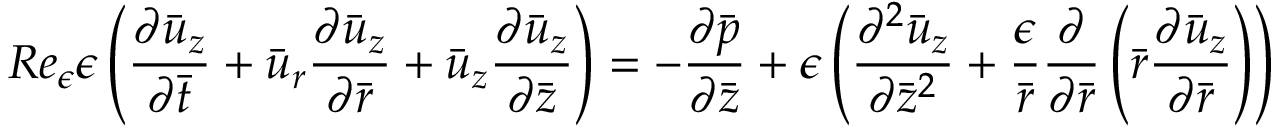
R e _ { \epsilon } { \epsilon } \left( \frac { { \partial } \bar { u } _ { z } } { { \partial } \bar { t } } + \bar { u } _ { r } \frac { { \partial } \bar { u } _ { z } } { { \partial } \bar { r } } + \bar { u } _ { z } \frac { { \partial } \bar { u } _ { z } } { { \partial } \bar { z } } \right) = - \frac { { \partial } \bar { p } } { { \partial } \bar { z } } + { \epsilon } \left( \frac { { \partial } ^ { 2 } \bar { u } _ { z } } { { \partial } \bar { z } ^ { 2 } } + \frac { \epsilon } { \bar { r } } \frac { { \partial } } { { \partial } \bar { r } } \left( \bar { r } \frac { { \partial } \bar { u } _ { z } } { { \partial } \bar { r } } \right) \right)